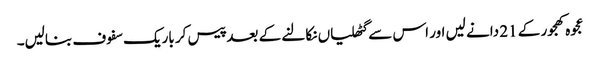
عجوہ کھجور کے 21 دانے لیں اور اس سے گٹھلیاں نکالنے کے بعد پیس کر باریک سفوف بنالیں۔